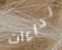
نداءات